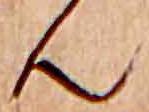
ん